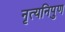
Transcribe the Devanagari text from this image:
नृत्यनिपुण